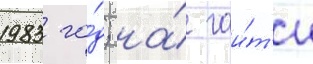
1983 го́д; на́ гаи́т'и